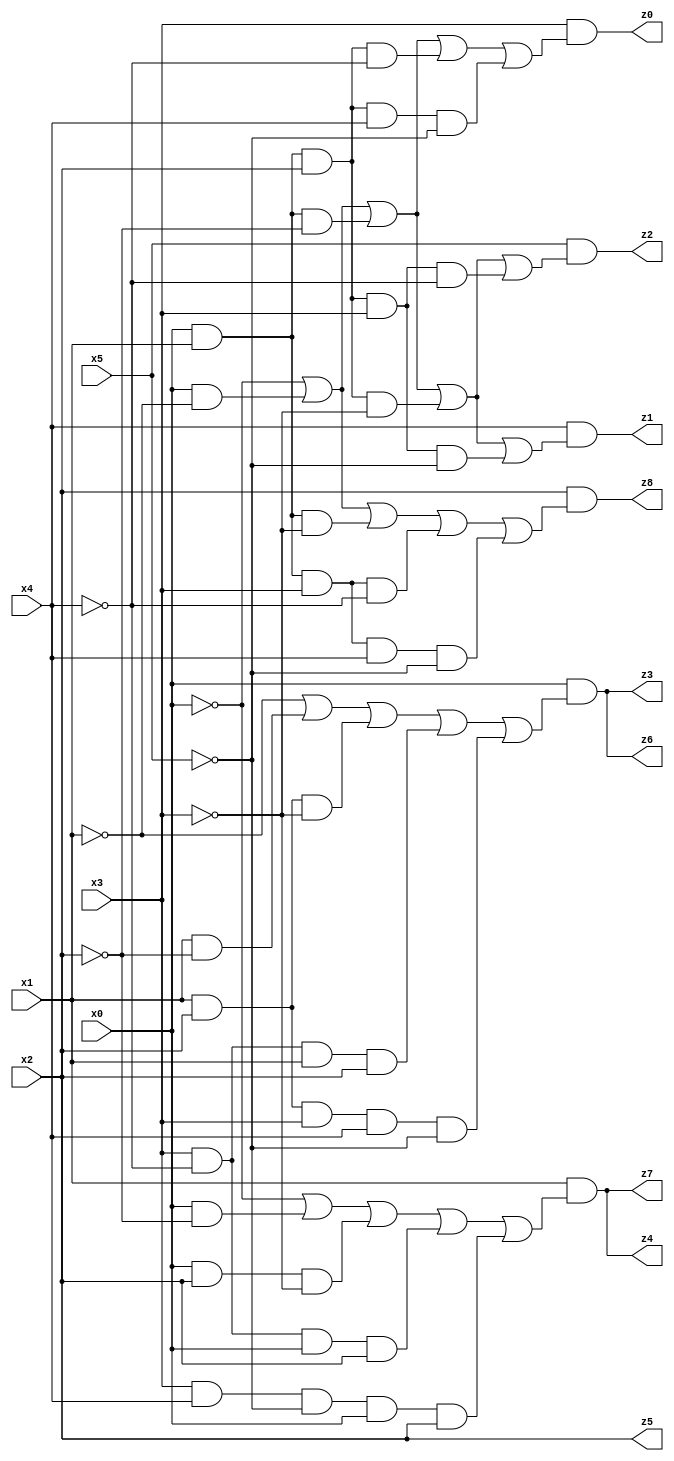
// Benchmark "X_2" written by ABC on Mon Jun 05 22:59:06 2023

module X_2 ( 
    x0, x1, x2, x3, x4, x5,
    z0, z1, z2, z3, z4, z5, z6, z7, z8  );
  input  x0, x1, x2, x3, x4, x5;
  output z0, z1, z2, z3, z4, z5, z6, z7, z8;
  assign z0 = x3 & (~x0 | (x0 & ~x1) | (x0 & x1 & ~x2) | (x0 & x1 & x2 & ~x4) | (x0 & x1 & x2 & x4 & ~x5));
  assign z1 = x4 & (~x0 | (x0 & ~x1) | (x0 & x1 & ~x2) | (x0 & x1 & x2 & ~x3) | (x0 & x1 & x2 & x3 & ~x5));
  assign z2 = x5 & (~x0 | (x0 & ~x1) | (x0 & x1 & ~x2) | (x0 & x1 & x2 & ~x3) | (x0 & x1 & x2 & x3 & ~x4));
  assign z3 = x0 & (~x1 | (x1 & ~x2) | (x1 & x2 & ~x3) | (x3 & ~x4 & x1 & x2) | (x1 & x2 & x3 & x4 & ~x5));
  assign z4 = x1 & (~x0 | (x0 & ~x2) | (x0 & x2 & ~x3) | (x3 & ~x4 & x0 & x2) | (x3 & x4 & ~x5 & x0 & x2));
  assign z5 = x2;
  assign z6 = x0 & (~x1 | (x1 & ~x2) | (x1 & x2 & ~x3) | (x3 & ~x4 & x1 & x2) | (x1 & x2 & x3 & x4 & ~x5));
  assign z7 = x1 & (~x0 | (x0 & ~x2) | (x0 & x2 & ~x3) | (x3 & ~x4 & x0 & x2) | (x3 & x4 & ~x5 & x0 & x2));
  assign z8 = x2 & (~x0 | (x0 & ~x1) | (x0 & x1 & ~x3) | (x0 & x1 & x3 & ~x4) | (x0 & x1 & x3 & x4 & ~x5));
endmodule